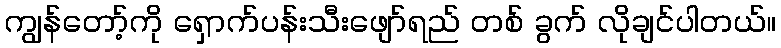
ကျွန်တော့်ကို ရှောက်ပန်းသီးဖျော်ရည် တစ် ခွက် လိုချင်ပါတယ်။